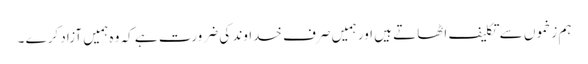
ہم زخموں سے تکلیف اٹھاتے ہیں اور ہمیں صرف خداوند کی ضرورت ہے کہ وہ ہمیں آزاد کرے ۔